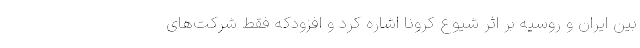
بین ایران و روسیه بر اثر شیوع کرونا اشاره کرد و افزودکه فقط شرکت‌های